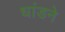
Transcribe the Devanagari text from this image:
धांडने